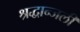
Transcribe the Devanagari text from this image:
श्रद्धान्जली